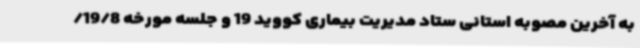
به آخرین مصوبه استانی ستاد مدیریت بیماری کووید 19 و جلسه مورخه 19/8/